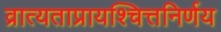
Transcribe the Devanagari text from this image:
व्रात्यताप्रायश्चित्तनिर्णय